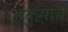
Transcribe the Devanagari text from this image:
हुकुमाचे